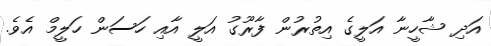
އަދި ޝާހީނާ އަލީގެ އިތުރުން ފާރޫގު އަލީ އާއި ހަސަން ހަލީމް އެވެ.